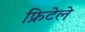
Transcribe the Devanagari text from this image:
फ्रिटेले